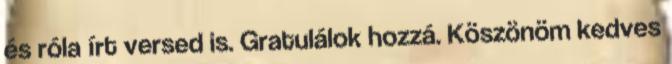
és róla írt versed is. Gratulálok hozzá. Köszönöm kedves